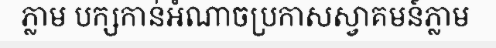
ភ្លាម បក្សកាន់អំណាចប្រកាសស្វាគមន៍ភ្លាម